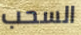
السحب